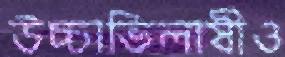
উচ্চাভিলাষীও